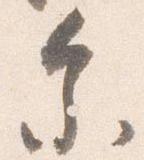
参